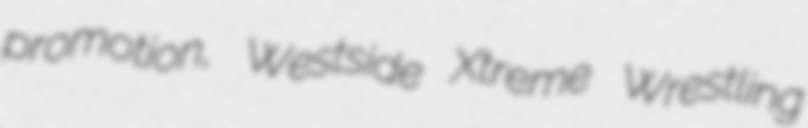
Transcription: promotion, Westside Xtreme Wrestling